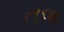
તળ